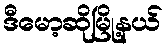
ဒီမော့ဆိုမြို့နယ်